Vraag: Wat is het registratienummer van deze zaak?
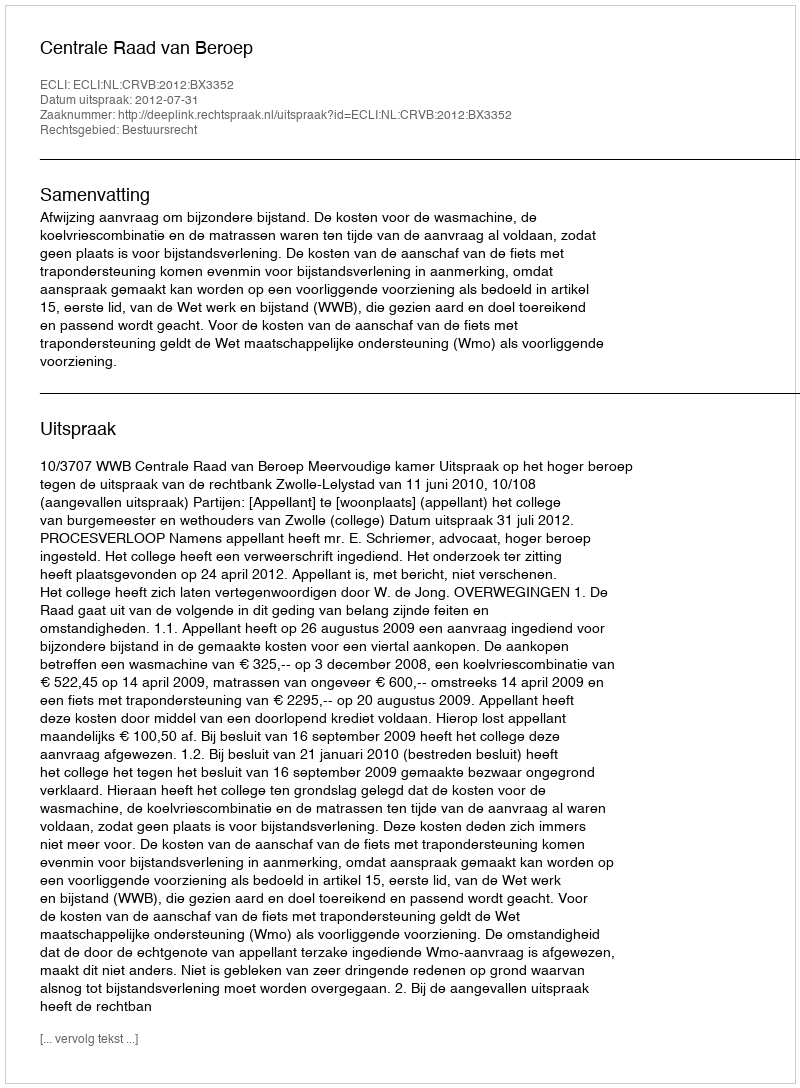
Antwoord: http://deeplink.rechtspraak.nl/uitspraak?id=ECLI:NL:CRVB:2012:BX3352